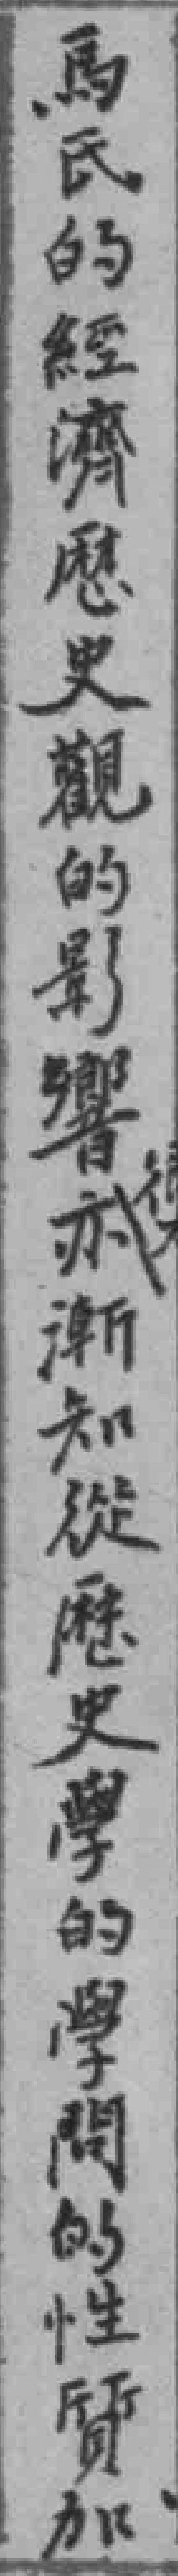
馬氏的經濟歷史觀的影響亦漸知從歴史學的學問的性質加